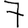
Digit: 7